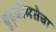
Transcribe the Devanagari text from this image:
बुद्धीमत्तेचा